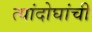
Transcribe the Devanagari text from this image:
त्यांदोघांची